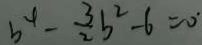
b ^ { 4 } - \frac { 3 } { 2 } b ^ { 2 } - 6 = 0